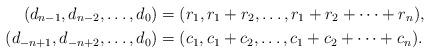
LaTeX: \begin{align*} (d_{n-1},d_{n-2},\ldots,d_0) &= (r_1, r_1 + r_2, \ldots, r_1+r_2 +\cdots + r_n), \\ (d_{-n+1},d_{-n+2},\ldots,d_0) &= (c_1, c_1 + c_2, \ldots, c_1+c_2 +\cdots + c_n). \end{align*}